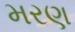
મરણ